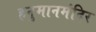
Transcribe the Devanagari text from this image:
हनुमानमंदिर